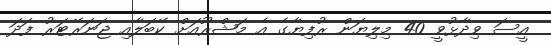
އީސަ ވިދާޅުވީ 40 މިލިޔަން ރުފިޔާގެ އެ މަޝްރޫއަށް ކޭބަލާއި ޖަނަރޭޓަރު ފަދަ